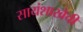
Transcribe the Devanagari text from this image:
सायंशाखेची